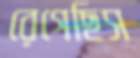
রেগেছিস